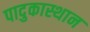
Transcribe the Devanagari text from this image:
पादुकास्थान